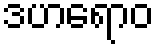
ဒဟရောဝ